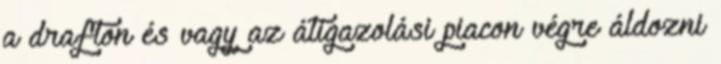
a drafton és vagy az átigazolási piacon végre áldozni